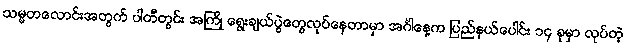
သမ္မတလောင်းအတွက် ပါတီတွင်း အကြို ရွေးချယ်ပွဲတွေလုပ်နေတာမှာ အင်္ဂါနေ့က ပြည်နယ်ပေါင်း ၁၄ ခုမှာ လုပ်တဲ့